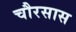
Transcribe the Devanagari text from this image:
चौरसास